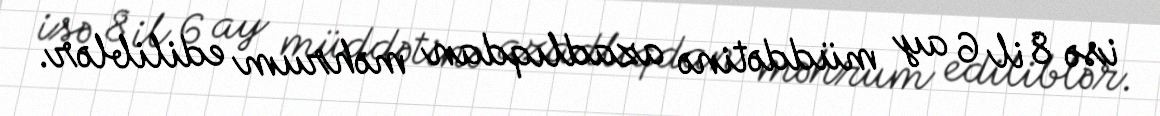
isə 8 il 6 ay müddətinə azadlıqdan məhrum ediliblər.